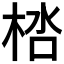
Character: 𣒩